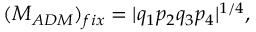
( M _ { A D M } ) _ { f i x } = | q _ { 1 } p _ { 2 } q _ { 3 } p _ { 4 } | ^ { 1 / 4 } ,